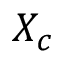
X _ { c }